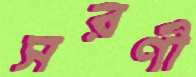
সরণী